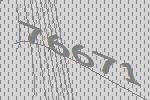
76671